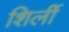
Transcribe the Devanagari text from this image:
शिर्ली